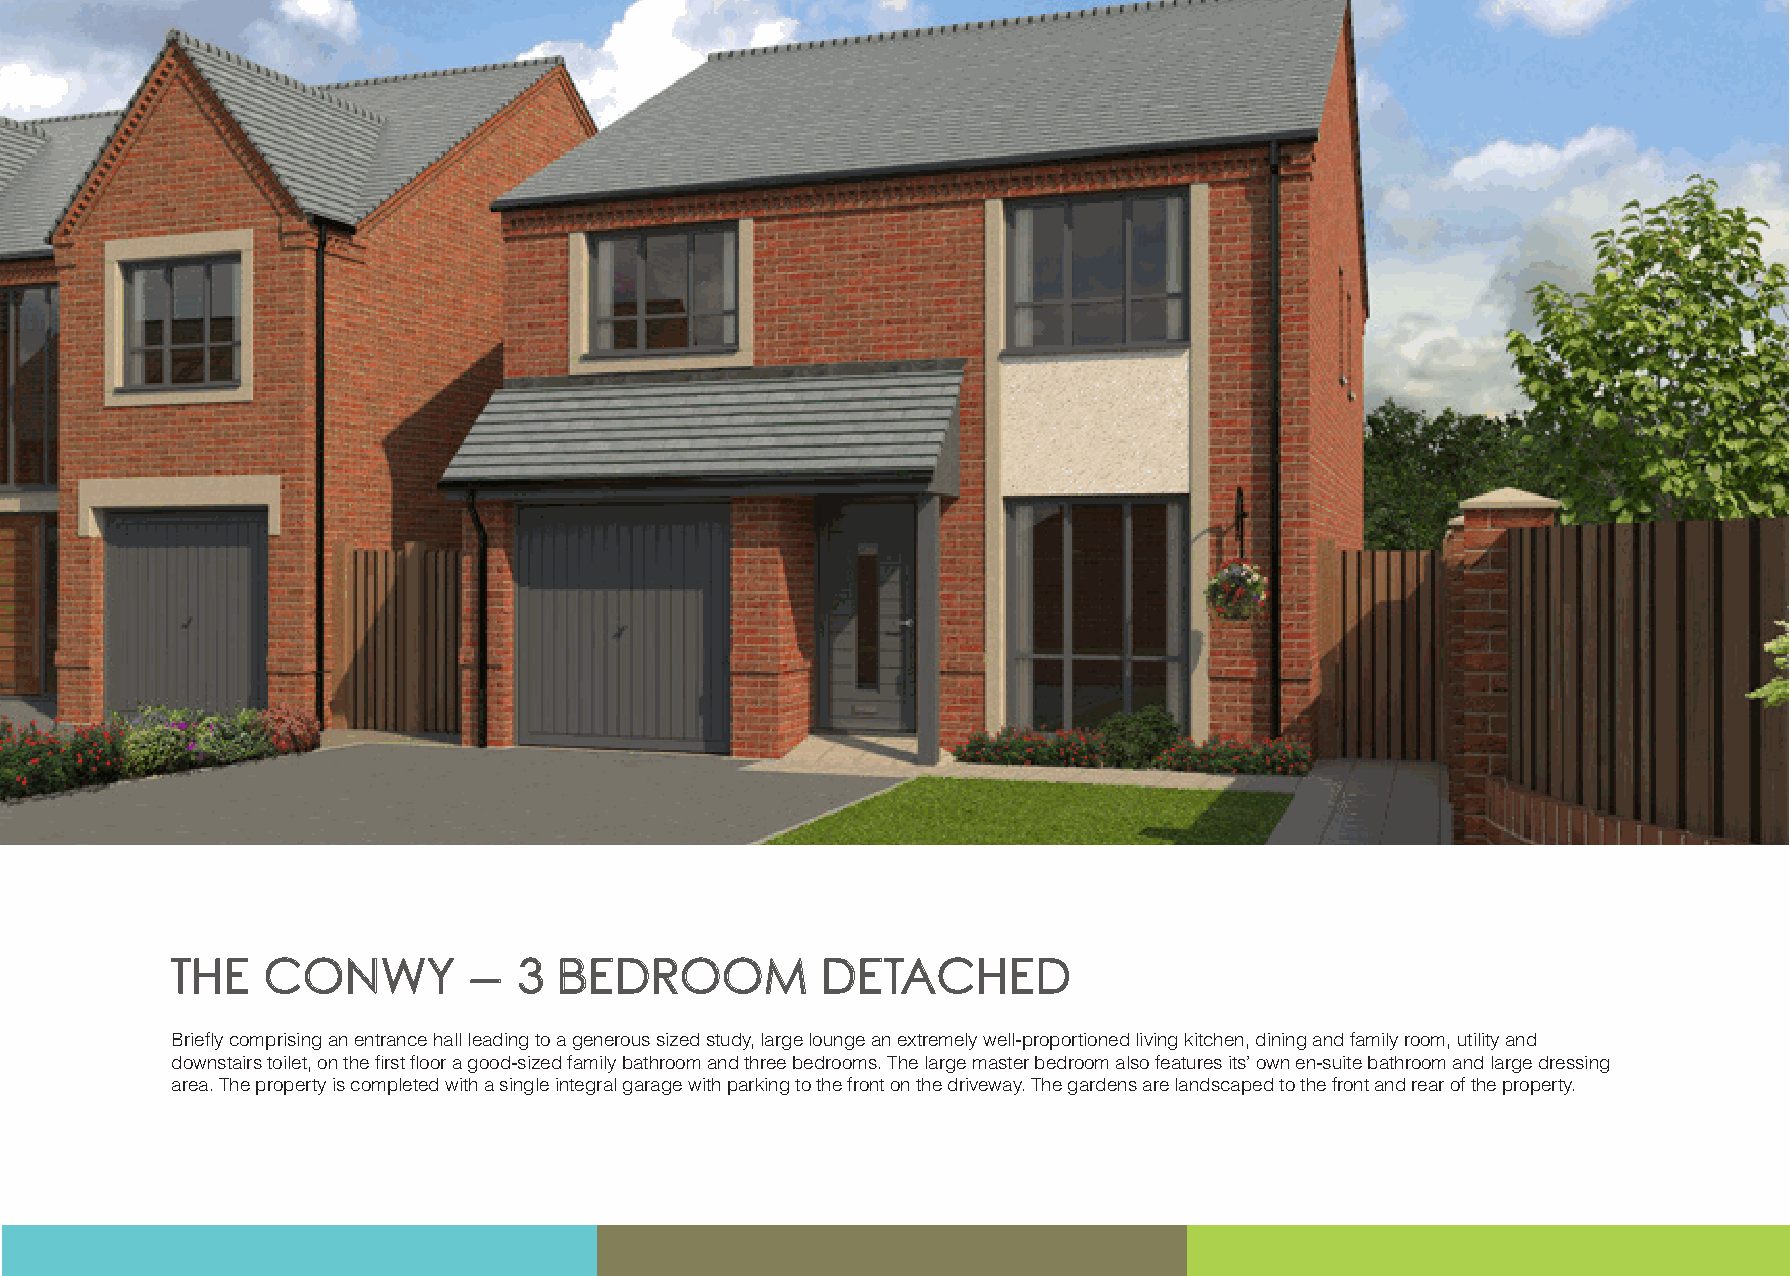
TTHHEE CCOONNWWYY   –– 33 BBEEDDRROOOOMM   DDEETTAACCHHEEDD
 Briefly comprising an entrance hall leading to a generous sized study, large lounge an extremely well-proportioned living kitchen, dining and family room, utility and
 downstairs toilet, on the first floor a good-sized family bathroom and three bedrooms. The large master bedroom also features its’ own en-suite bathroom and large dressing
 area. The property is completed with a single integral garage with parking to the front on the driveway. The gardens are landscaped to the front and rear of the property.